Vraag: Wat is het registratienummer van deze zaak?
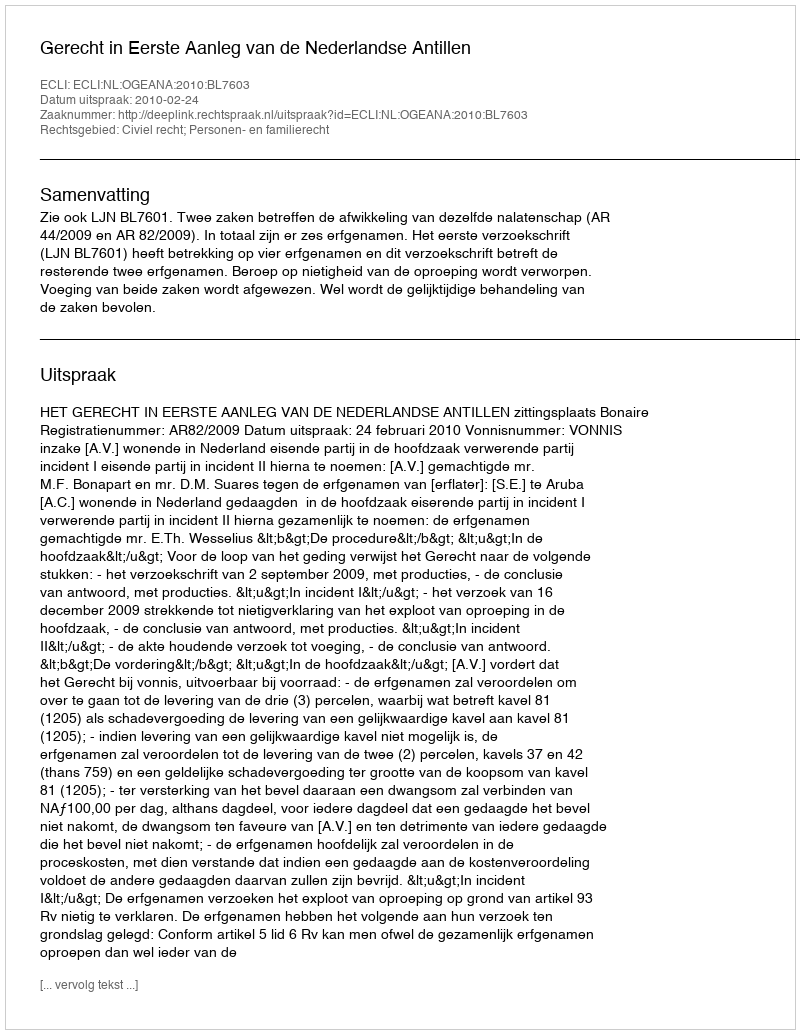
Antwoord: http://deeplink.rechtspraak.nl/uitspraak?id=ECLI:NL:OGEANA:2010:BL7603